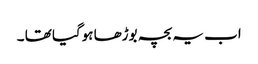
اب یہ بچہ بوڑھا ہوگیا تھا ۔